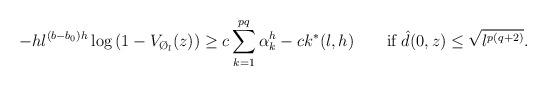
LaTeX: \begin{align*}-h\l^{(b-b_0)h}\log{\left(1-V_{\O_l}(z)\right)}\geq c\sum_{k=1}^{pq}\alpha_k^h-ck^*(l,h)\qquad\mbox{if }\hat{d}(0,z)\leq\sqrt{\l^{p(q+2)}}.\end{align*}